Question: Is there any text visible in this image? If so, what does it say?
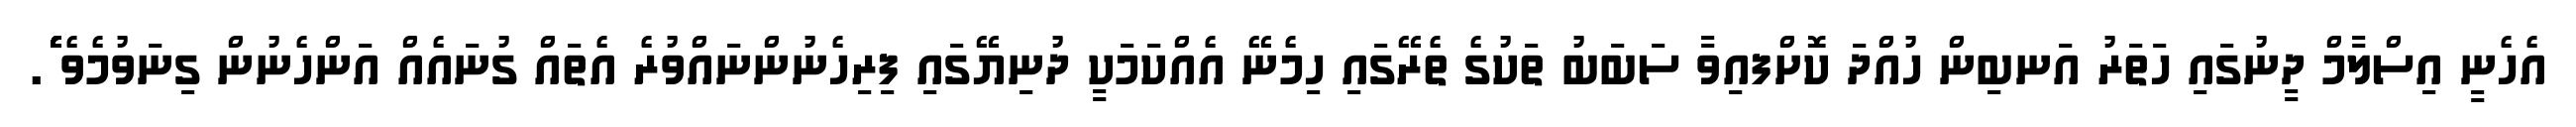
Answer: އެހެނީ އިސްލާމް ދީނުގައި ހަތަރު އަނބިން ހުއްދަ ކޮށްފއިވާ ސަބަބު ތަކުގެ ތެރޭގައި ހިމެނޭ އެއްކަމަކީ ދުނިޔޭގައި ފިރިހެނުންނައްވުރެ އެތައް ގުނައެއް އަންހެނުން ގިނަވުމެވެ ެެެެެެެެެެެެެެެެެެެެެެެެެެެެެެެެެެެެެެެެެެެެެެެެެެެެެެެެެެެެެެެެެެެެެެެެ.